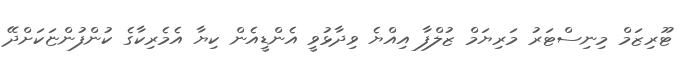
ޓޫރިޒަމް މިނިސްޓަރު މަރިޔަމް ޒުލްފާ އިއްޔެ ވިދާޅުވީ އެންޑީއެން ކިޔާ އެމެރިކާގެ ކުންފުންޏަކަށްދޭ